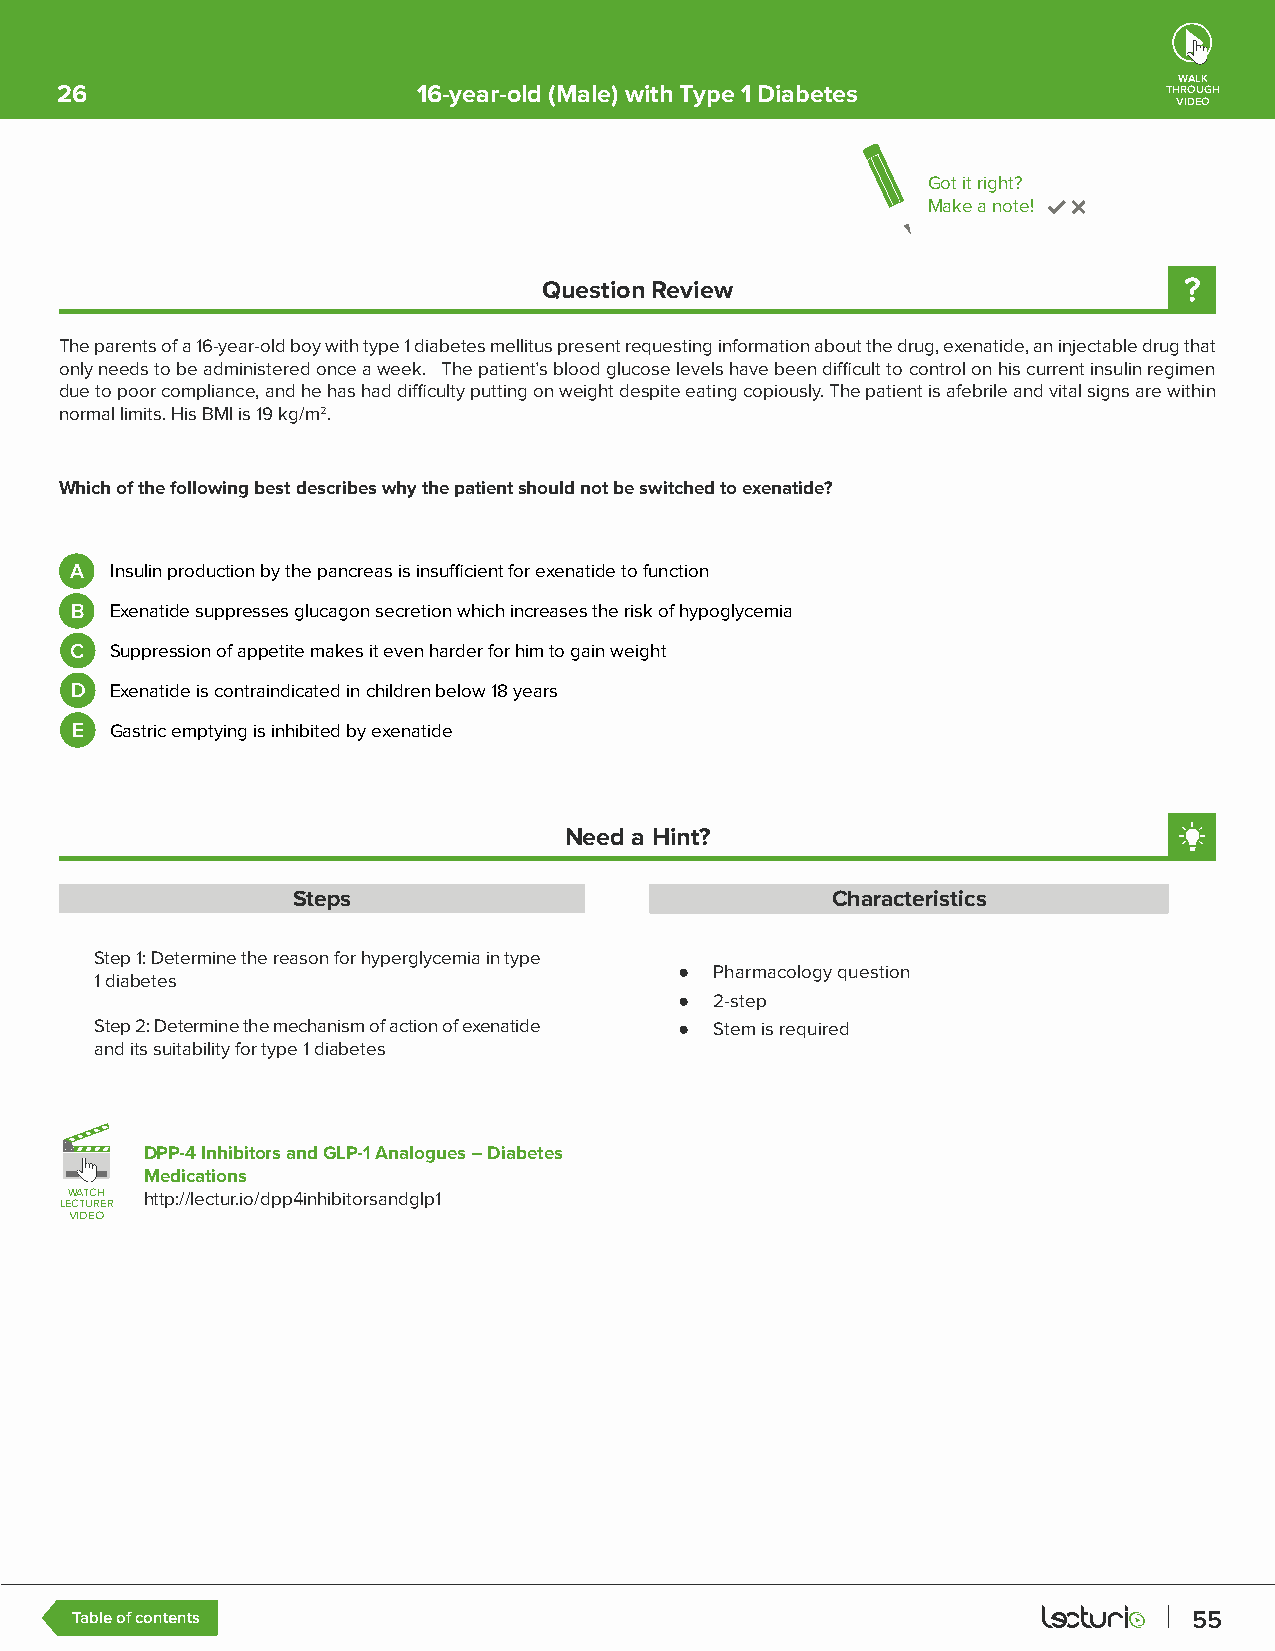
WALK
 26                      16-year-old (Male) with Type 1 Diabetes          THROUGH
 VIDEO
 Got it right?
 Make a note!
 Question Review
 The parents of a 16-year-old boy with type 1 diabetes mellitus present requesting information about the drug, exenatide, an injectable drug that
 only needs to be administered once a week. The patient’s blood glucose levels have been difficult to control on his current insulin regimen
 due to poor compliance, and he has had difficulty putting on weight despite eating copiously. The patient is afebrile and vital signs are within
 normal limits. His BMI is 19 kg/m2.
 Which of the following best describes why the patient should not be switched to exenatide?
 A Insulin production by the pancreas is insufficient for exenatide to function
 B Exenatide suppresses glucagon secretion which increases the risk of hypoglycemia
 C Suppression of appetite makes it even harder for him to gain weight
 D Exenatide is contraindicated in children below 18 years
 E Gastric emptying is inhibited by exenatide
 Need a Hint?
 Steps                               Characteristics
 Step 1: Determine the reason for hyperglycemia in type
 ● Pharmacology question
 1 diabetes
 ● 2-step
 Step 2: Determine the mechanism of action of exenatide ● Stem is required
 and its suitability for type 1 diabetes
 DPP-4 Inhibitors and GLP-1 Analogues – Diabetes
 Medications
 LLEEWW CCAA TTTT UUCC RRHH EE RR http://lectur.io/dpp4inhibitorsandglp1
 VVIIDDEEOO
 Table of contents                                                         55